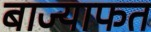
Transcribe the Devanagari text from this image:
बाज्याफत